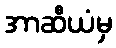
အာဆီယံမှ